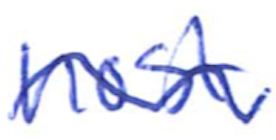
Text: host,
Cross-out: wave
Writing tool: ballpoint